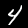
Digit: 4